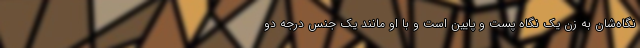
نگاه‌شان به زن یک نگاه پست و پایین است و با او مانند یک جنس درجه دو